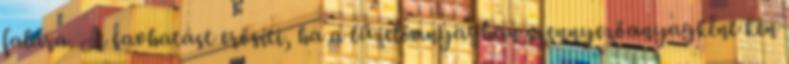
falára. A savhatást erősíti, ha a tüzelőanyagban szennyezőanyagként kén